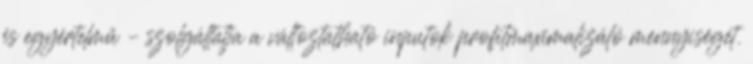
és egyértelmű – szolgáltatja a változtatható inputok profitmaximalizáló mennyiségét.